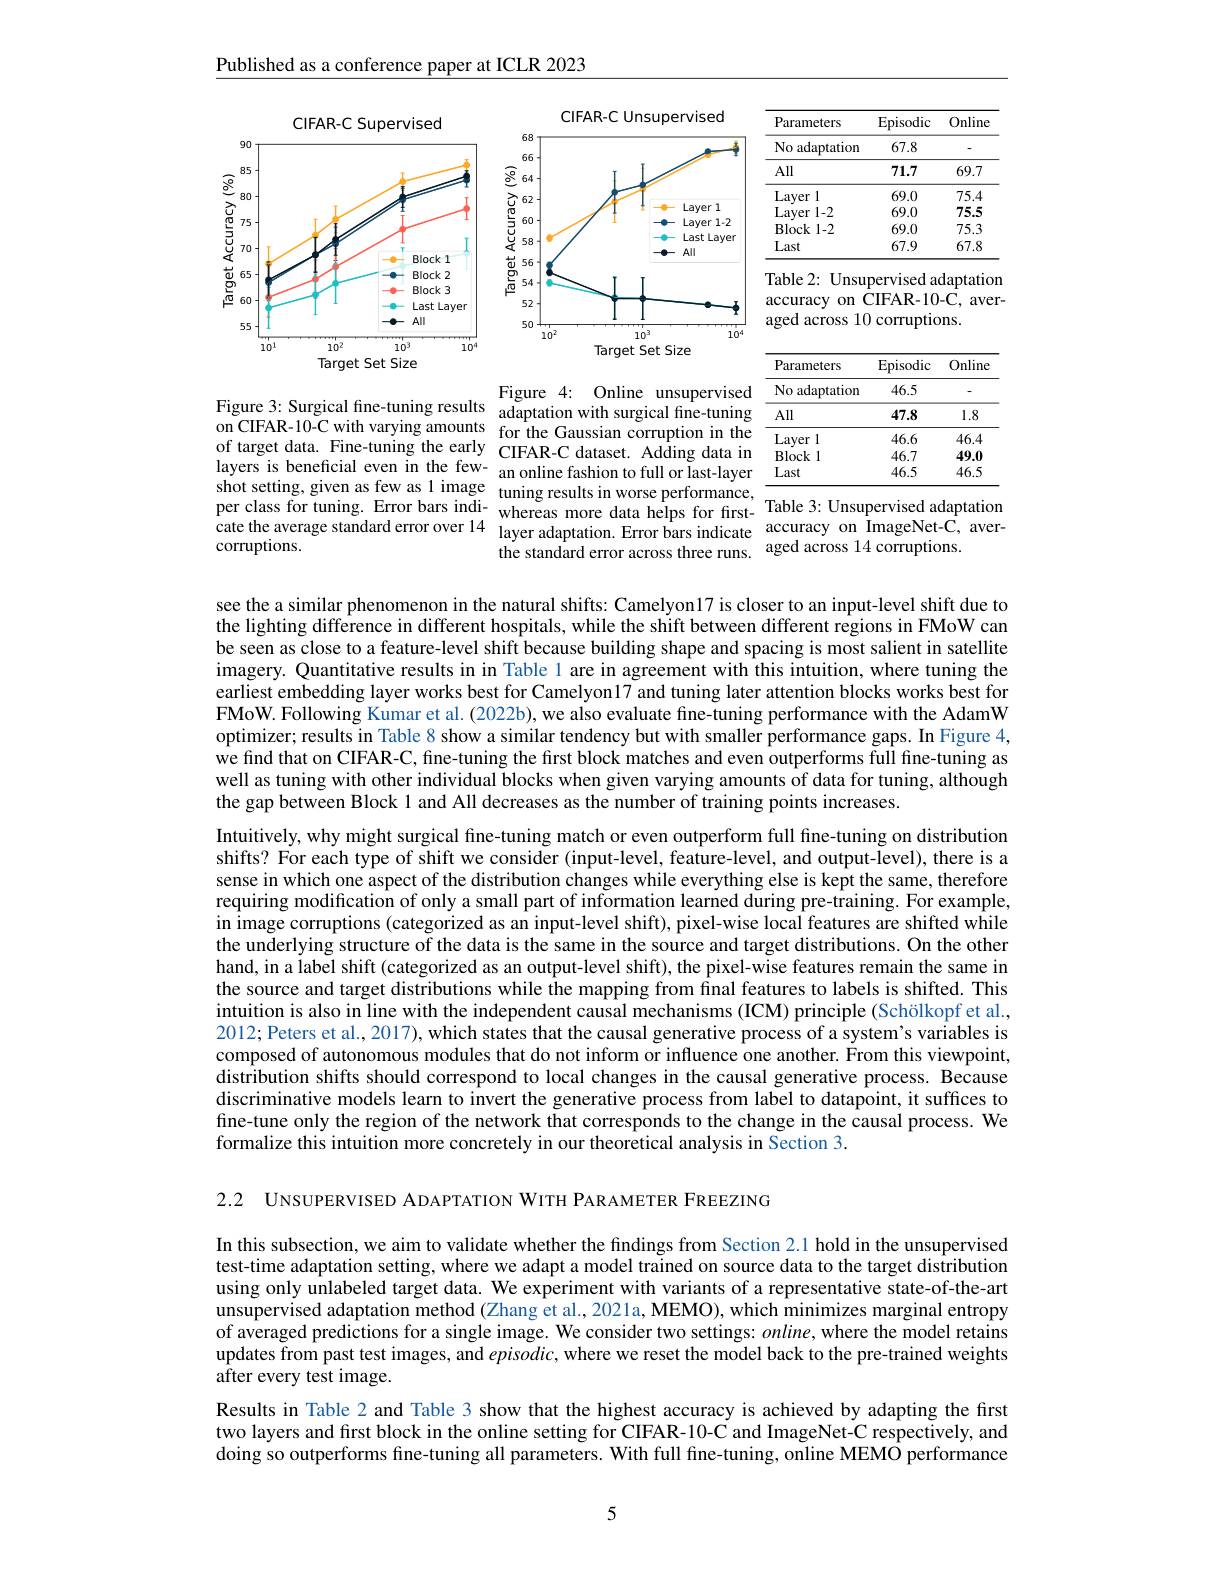
Published as a conference paper at ICLR 2023

<table>
	<tbody>
		<tr>
			<th>Parameters</th>
			<th>Episodic</th>
			<th>Online</th>
		</tr>
		<tr>
			<td>No adaptation</td>
			<td>67.8</td>
			<td> </td>
		</tr>
		<tr>
			<td>All</td>
			<td>71.7</td>
			<td>69.7</td>
		</tr>
		<tr>
			<td>Layer 1</td>
			<td>69.0</td>
			<td>75.4</td>
		</tr>
		<tr>
			<td>Layer 1-2</td>
			<td>69.0</td>
			<td>75.5</td>
		</tr>
		<tr>
			<td>$Block1-2$</td>
			<td>69.0</td>
			<td>75.3</td>
		</tr>
		<tr>
			<td>Last</td>
			<td>67.9</td>
			<td>67.8</td>
		</tr>
	</tbody>
</table>
<FigureHere>
Table 2: Unsupervised adaptation

on CIFAR-10-C, aver-
across 10 corruptions

<table>
	<tbody>
		<tr>
			<th>Parameters</th>
			<th>Episodic</th>
			<th>Online</th>
		</tr>
		<tr>
			<td>No adaptation</td>
			<td>46.5</td>
			<td> </td>
		</tr>
		<tr>
			<td>All</td>
			<td>47.8</td>
			<td>1.8</td>
		</tr>
		<tr>
			<td>Layer 1</td>
			<td>46.6</td>
			<td>46.4</td>
		</tr>
		<tr>
			<td>$\mathbf{Block}$</td>
			<td>46.7</td>
			<td>49.0</td>
		</tr>
		<tr>
			<td>Last</td>
			<td>46.5</td>
			<td>46.5</td>
		</tr>
	</tbody>
</table>

Figure 3: Surgical fine-tuning results$\begin{array}{ll}\mathrm{Figure~4:~Online~unsupervised}\\\mathrm{on~CIEAP~10~Cuith~vorvin~amounte~adaptation~with~surgical~fine-tuning}\end{array}$ on CIFAR-10-C with varying amounts for the Gaussian corruption in the of target data. Fine-tuning the early CIFAR-C dataset. Adding data in layers is beneficial even in the few- an online fashion to full or last-layer shot setting, given as few as 1 image tuning results in worse performance shot setting, given as tew as l ımage tuning results in worse performance, $\overline{\text{Table 3:Unsupervised adaptation}}$
cate the average standard error over 14 layer adaptation. Error bars indicate
the standard error across three runs. aged across 14 corruptions.

corruptions.

accuracy on ImageNet-C, aver-

see the a similar phenomenon in the natural shifts: Camelyon17 is closer to an input-level shift due to the lighting difference in different hospitals, while the shift between different regions in FMoW can be seen as close to a feature-level shift because building shape and spacing is most salient in satellite imagery. Quantitative results in in Table l are in agreement with this intuition, where tuning the earliest embedding layer works best for Camelyon17 and tuning later attention blocks works best for FMoW. Following Kumar et al. (2022b), we also evaluate fine-tuning performance with the AdamW optimizer; results in Table 8 show a similar tendency but with smaller performance gaps. In Figure 4, we find that on CIFAR-C, fine-tuning the first block matches and even outperforms full fine-tuning as well as tuning with other individual blocks when given varying amounts of data for tuning, although the gap between Block 1 and All decreases as the number of training points increases.

Intuitively, why might surgical fine-tuning match or even outperform full fine-tuning on distribution shifts? For each type of shift we consider (input-level, feature-level, and output-level), there is a sense in which one aspect of the distribution changes while everything else is kept the same, therefore requiring modification of only a small part of information learned during pre-training. For example, in image corruptions (categorized as an input-level shift), pixel-wise local features are shifted while the underlying structure of the data is the same in the source and target distributions. On the other hand, in a label shift (categorized as an output-level shift), the pixel-wise features remain the same in the source and target distributions while the mapping from final features to labels is shifted. This intuition is also in line with the independent causal mechanisms (ICM) principle (Schölkopf et al., 2012; Peters et al., 2017), which states that the causal generative process of a system's variables is composed of autonomous modules that do not inform or influence one another. From this viewpoint, distribution shifts should correspond to local changes in the causal generative process. Because discriminative models learn to invert the generative process from label to datapoint, it suffices to fine-tune only the region of the network that corresponds to the change in the causal process. We formalize this intuition more concretely in our theoretical analysis in Section 3.

2.2 UNSUPERVISED ADAPTATION WITH PARAMETER FREEZING

In this subsection, we aim to validate whether the findings from Section 2.1 hold in the unsupervised test-time adaptation setting, where we adapt a model trained on source data to the target distribution using only unlabeled target data. We experiment with variants of a representative state-of-the-art unsupervised adaptation method $(Z$hang et al., 2021a, MEMO), which minimizes marginal entropy of averaged predictions for a single image. We consider two settings: $online$, where the model retains updates from past test images, and $episodic$, where we reset the model back to the pre-trained weights ${\hat{\text{after every test image}}}.$
Results in Table 2 and Table 3 show that the highest accuracy is achieved by adapting the first two layers and first block in the online setting for CIFAR-10-C and ImageNet-C respectively, and doing so outperforms fine-tuning all parameters. With full fine-tuning, online MEMO performance

5